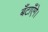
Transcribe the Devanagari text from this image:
बँटाएँगे।